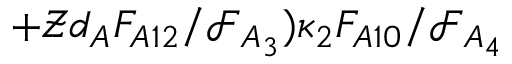
+ \mathcal { Z } d _ { A } F _ { A 1 2 } / \mathcal { F } _ { A _ { 3 } } ) \kappa _ { 2 } F _ { A 1 0 } / \mathcal { F } _ { A _ { 4 } }